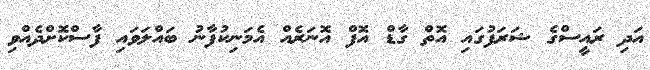
އަދި ރައީސްގެ ޝަރަފުގައި އޮތް ގާޑް އޮފް އޮނަރެއް އެމަނިކުފާނު ބައްލަވައި ފާސްކޮށްދެއްވި